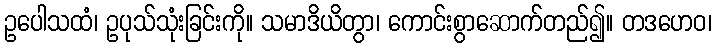
ဥပေါသထံ၊ ဥပုသ်သုံးခြင်းကို။ သမာဒိယိတွာ၊ ကောင်းစွာဆောက်တည်၍။ တဒဟေဝ၊